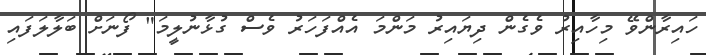
ހައިރާންވޭ މިހާއިރު ވެގެން ދިޔައިރު މަންމަ އެއްފަހަރު ވެސް ގުޅާނުލީމަ" ފޯނަށް ބަލާލަފައި